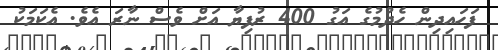
ފަހައިދިން ހެދުމުގެ އަގު 400 ރުފިޔާ އަށް ވެސް ނާރަ އެވެ. އެކަމަކު